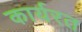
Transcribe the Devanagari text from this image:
कार्यरत